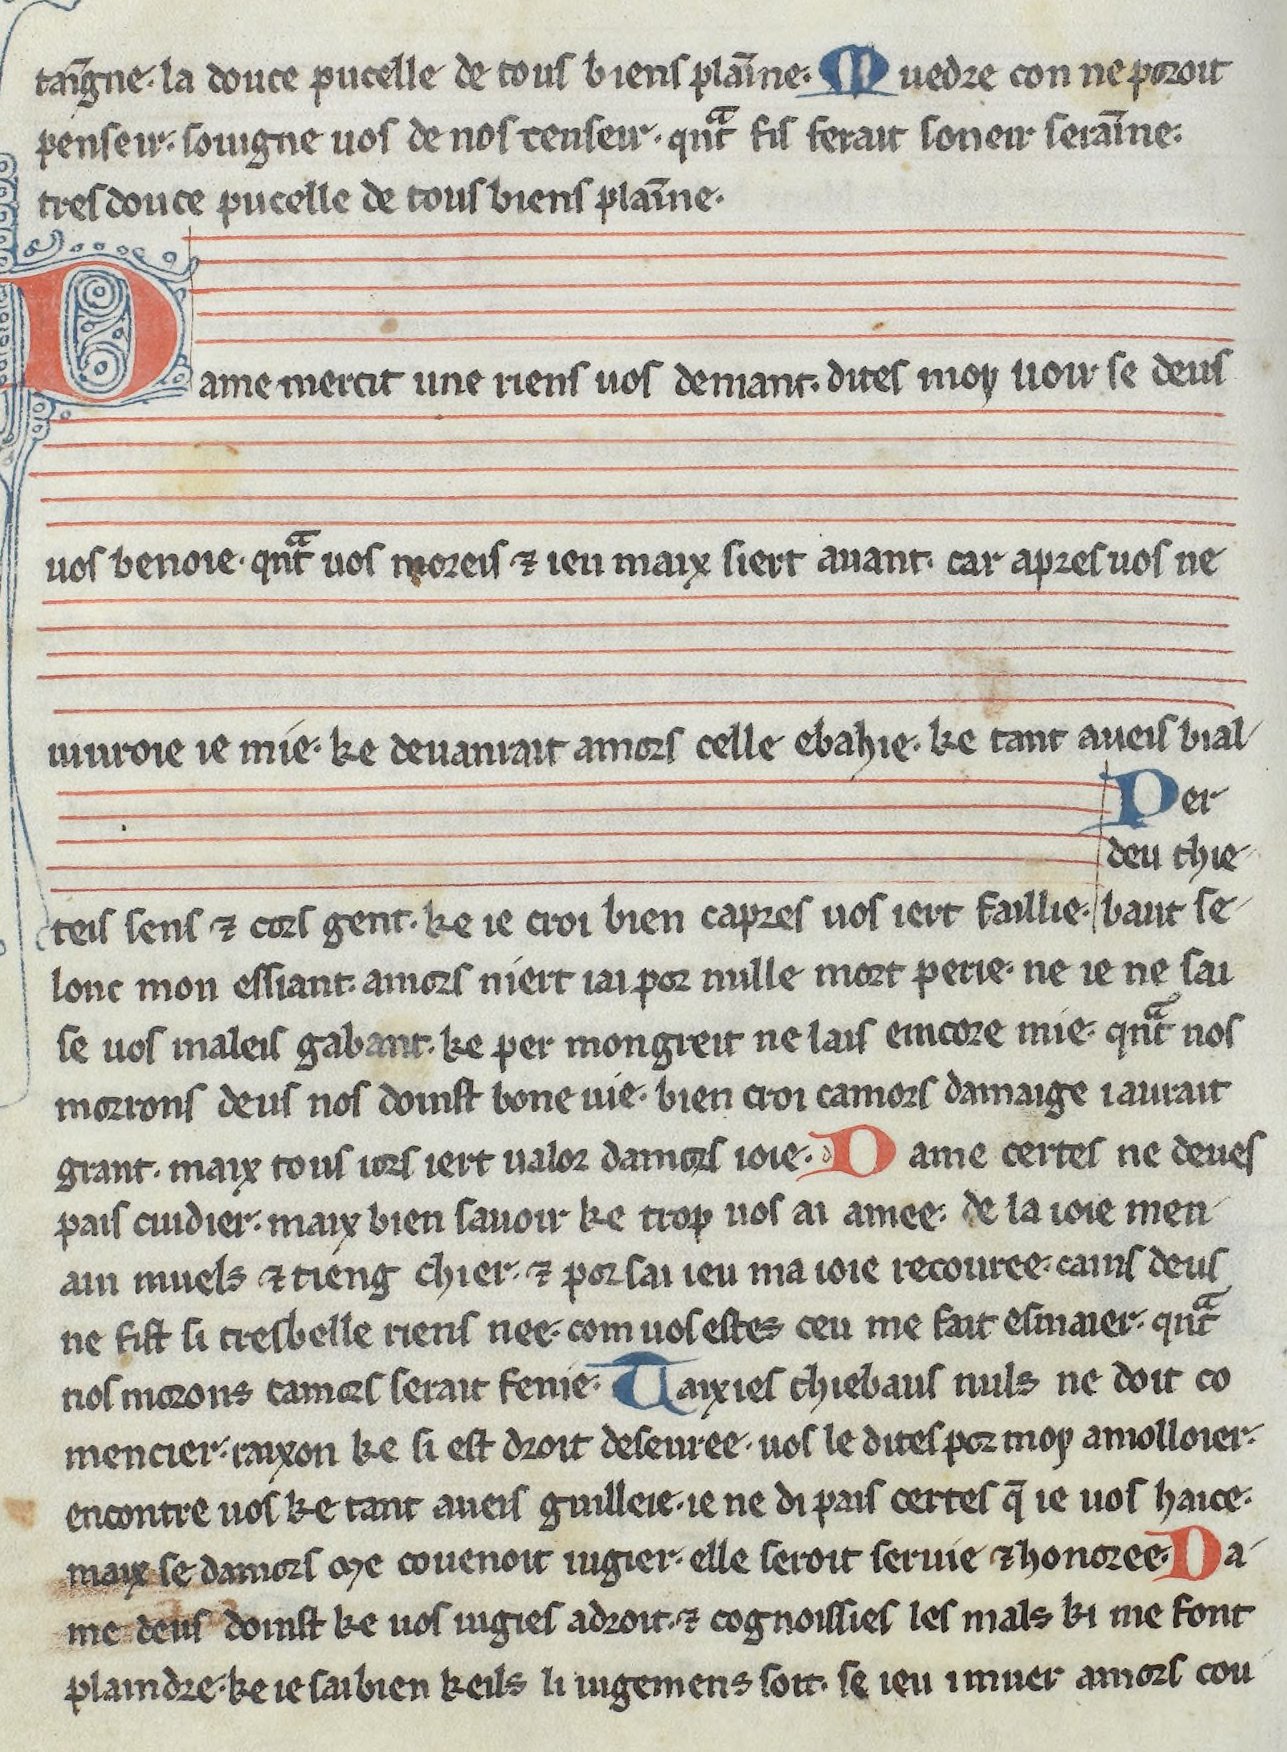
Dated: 1275–1299